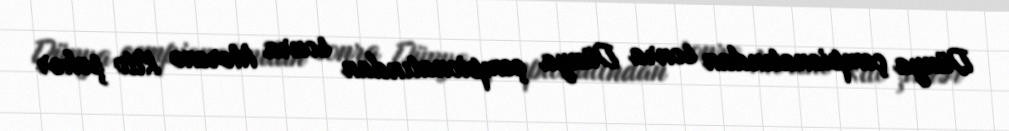
Dünya çempionatından sonra Dünya çempionatından sonra Moreno Kito şəhər